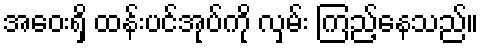
အဝေးရှိ ထန်းပင်အုပ်ကို လှမ်း ကြည့်နေသည်။